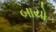
બાયો